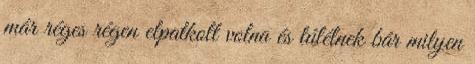
már réges régen elpatkolt volna és túlélnek bár milyen